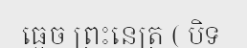
ធ្មេច ព្រះនេត្រ ( បិទ